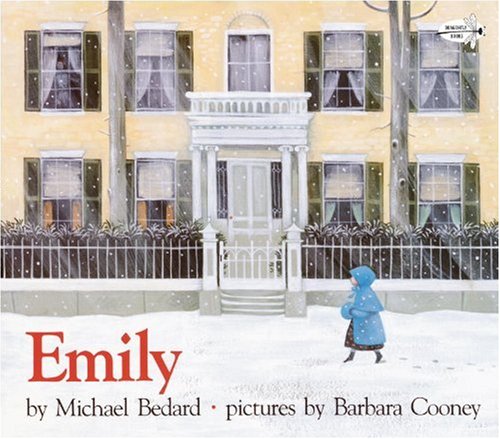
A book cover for Emily; Michael Bedard; Children's Books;